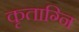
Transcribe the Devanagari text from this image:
कृताग्नि